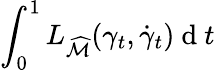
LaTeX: \int_{0}^{1}L_{\widehat{\mathcal{M}}}(\gamma_{t},\dot{\gamma}_{t})\mathrm{~d~}t